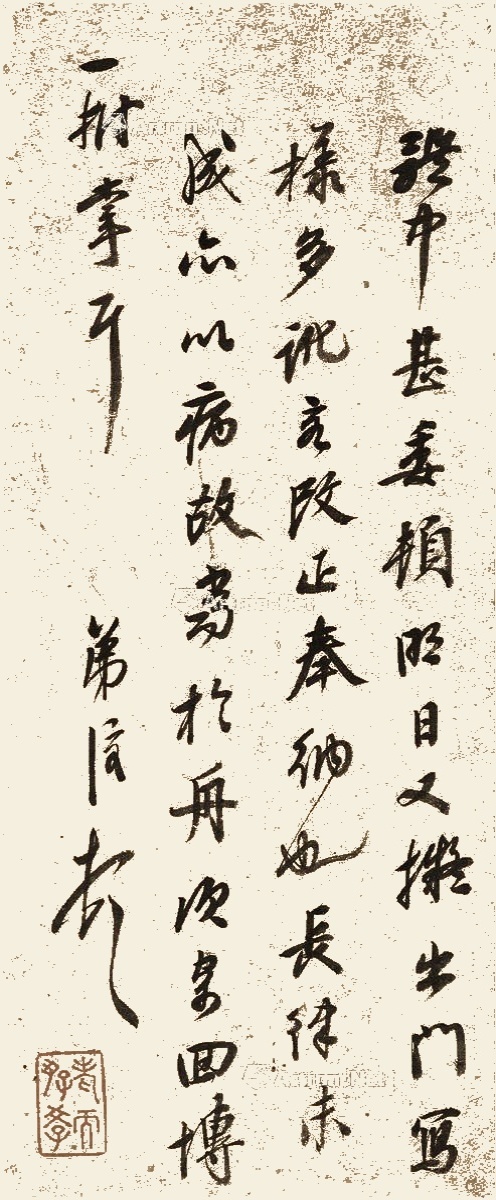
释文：体中甚委顿，明日又拟出门。写样多讹，容改正奉纳也。长律未成，亦以病故，当于舟次寄回，博一拊掌耳。弟溶顿首。老而好学（朱）